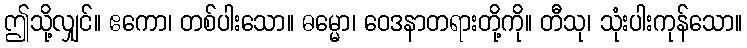
ဤသို့လျှင်။ ဧကော၊ တစ်ပါးသော။ ဓမ္မော၊ ဝေဒနာတရားတို့ကို။ တီသု၊ သုံးပါးကုန်သော။